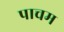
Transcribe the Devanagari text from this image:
पाचम